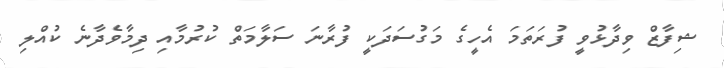
ޝިފާޒް ވިދާޅުވީ ފުރަތަމަ އެހީގެ މަގުސަދަކީ ފުރާނަ ސަލާމަތް ކުރުމާއި ދިމާވެދާނެ ކުއްލި